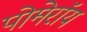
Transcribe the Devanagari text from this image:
पोमेरॉय